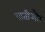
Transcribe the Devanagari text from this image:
पातीऔर